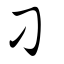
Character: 刁